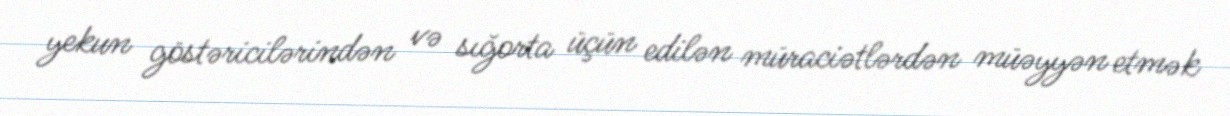
yekun göstəricilərindən və sığorta üçün edilən müraciətlərdən müəyyən etmək